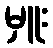
မှူး